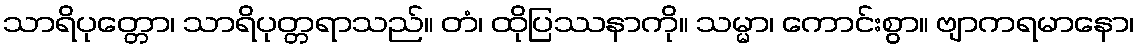
သာရိပုတ္တော၊ သာရိပုတ္တရာသည်။ တံ၊ ထိုပြဿနာကို။ သမ္မာ၊ ကောင်းစွာ။ ဗျာကရမာနော၊